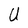
Character: U